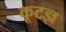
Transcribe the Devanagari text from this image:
कूटज्ञ